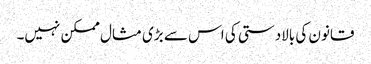
قانون کی بالادستی کی اس سے بڑی مثال ممکن نہیں۔